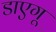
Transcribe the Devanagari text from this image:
डाएगू